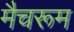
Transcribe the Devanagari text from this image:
मैचरूम